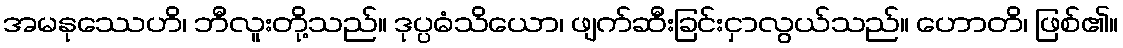
အမနုဿေဟိ၊ ဘီလူးတို့သည်။ ဒုပ္ပဓံသိယော၊ ဖျက်ဆီးခြင်းငှာလွယ်သည်။ ဟောတိ၊ ဖြစ်၏။